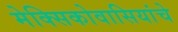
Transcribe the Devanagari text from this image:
मेक्सिकोवासियांचे